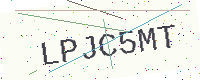
Text: LPJC5MT